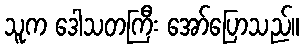
သူက ဒေါသတကြီး အော်ပြောသည်။